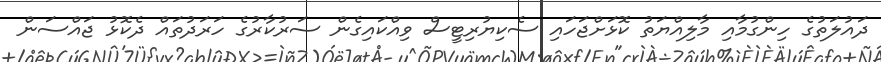
ދައުލަތުގެ ހިންގުމާއި މާލިއްޔަތު ކޮޅަށްޖަހައި ސެކިޔުރިޓީސް ވިއްކައިގެން ސަރުކާރުގެ ހަރަދުތައް ދެކޮޅު ޖައްސަން